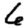
Digit: 6